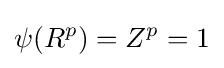
\psi (R^{p})=Z^{p}=1